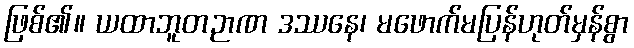
ဖြစ်၏။ ယထာဘူတဉာဏ ဒဿနေ၊ မဖောက်မပြန်ဟုတ်မှန်စွာ